Vaccination in the Punjab 1867-1880 - 1867-1880
Year: 1867
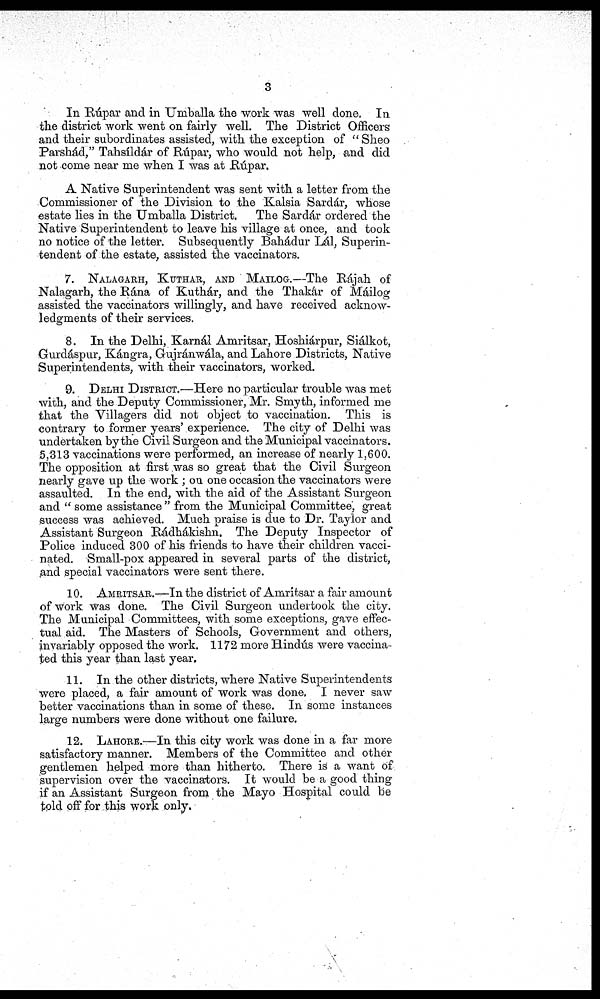
3
In Rúpar and in Umballa the work was well done. In
the district work went on fairly well. The District Officers
and their subordinates assisted, with the exception of " Sheo
Parshád," Tahsíldar of Rúpar, who would not help, and did
not come near me when I was at Rúpar.
A Native Superintendent was sent with a letter from the
Commissioner of the Division to the Kalsia Sardár, whose
estate lies in the Umballa District.
The Sardár ordered the
Native Superintendent to leave his village at once, and took
no notice of the letter. Subsequently Bahádur Lál, Superin-
tendent of the estate, assisted the vaccinators.
7. NALAGARH, KUTHAR, AND MAILOG.—The Rájah of
Nalagarh, the Rána of Kuthár, and the Thakár of Máilog
assisted the vaccinators willingly, and have received acknow-
ledgments of their services.
8. In the Delhi, Karnál Amritsar, Hoshiárpur, Siálkot,
Gurdáspur, Kángra, Gujránwála, and Lahore Districts, Native
Superintendents, with their vaccinators, worked.
9. DELHI DISTRICT.—Here no particular trouble was met
with, and the Deputy Commissioner, Mr. Smyth, informed me
that the Villagers did not object to vaccination. This is
contrary to former years' experience. The city of Delhi was
undertaken by the Civil Surgeon and the Municipal vaccinators.
5,313 vaccinations were performed, an increase of nearly 1,600.
The opposition at first was so great that the Civil Surgeon
nearly gave up the work ; on one occasion the vaccinators were
assaulted. In the end, with the aid of the Assistant Surgeon
and " some assistance " from the Municipal Committee, great
success was achieved. Much praise is due to Dr. Taylor and
Assistant Surgeon Rádhákishn. The Deputy Inspector of
Police induced 300 of his friends to have their children vacci-
nated. Small-pox appeared in several parts of the district,
and special vaccinators were sent there.
10. AMRITSAR.— In the district of Amritsar a fair amount
of work was done. The Civil Surgeon undertook the city.
The Municipal Committees, with some exceptions, gave effec-
tual aid. The Masters of Schools, Government and others,
invariably opposed the work. 1172 more Hindús were vaccina-
ted this year than last year.
11. In the other districts, where Native Superintendents
were placed, a fair amount of work was done, I never saw
better vaccinations than in some of these. In some instances
large numbers were done without one failure.
12. LAHORE.—In this city work was done in a far more
satisfactory manner. Members of the Committee and other
gentlemen helped more than hitherto. There is a want of
supervision over the vaccinators. It would be a good thing
if an Assistant Surgeon from the Mayo Hospital could be
told off for this work only.